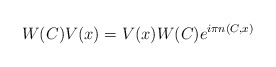
\begin{align*}W(C)V(x)=V(x)W(C)e^{i\pi n(C,x)} \end{align*}